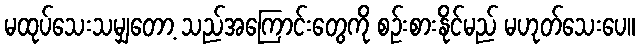
မထုပ်သေးသမျှတော့ သည်အကြောင်းတွေကို စဉ်းစားနိုင်မည် မဟုတ်သေးပေ။